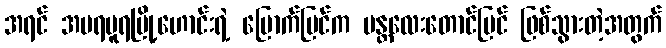
အရင် အမရပူရမြို့ဟောင်းရဲ့ မြောက်ပြင်က မန္တလေးတောင်ပြင် ဖြစ်သွားတဲ့အတွက်